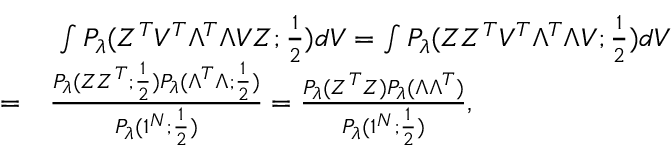
\begin{array} { r l } & { \ \int P _ { \lambda } ( Z ^ { T } V ^ { T } \Lambda ^ { T } \Lambda V Z ; \frac { 1 } { 2 } ) d V = \int P _ { \lambda } ( Z Z ^ { T } V ^ { T } \Lambda ^ { T } \Lambda V ; \frac { 1 } { 2 } ) d V } \\ { = } & { \frac { P _ { \lambda } ( Z Z ^ { T } ; \frac { 1 } { 2 } ) P _ { \lambda } ( \Lambda ^ { T } \Lambda ; \frac { 1 } { 2 } ) } { P _ { \lambda } ( 1 ^ { N } ; \frac { 1 } { 2 } ) } = \frac { P _ { \lambda } ( Z ^ { T } Z ) P _ { \lambda } ( \Lambda \Lambda ^ { T } ) } { P _ { \lambda } ( 1 ^ { N } ; \frac { 1 } { 2 } ) } , } \end{array}